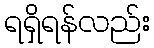
ရရှိရန်လည်း